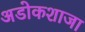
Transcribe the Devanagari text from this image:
अडोकशाजा